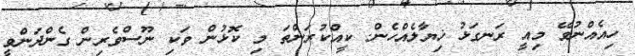
ހިއެއްނުވޭ މިއީ ރަނގަޅު ޚިޔާލެއްހެން. ކީއްކުރަންތަ މި ކޮޅުން ވަކި ނޫސްވެރިން ގެންދަންވީ